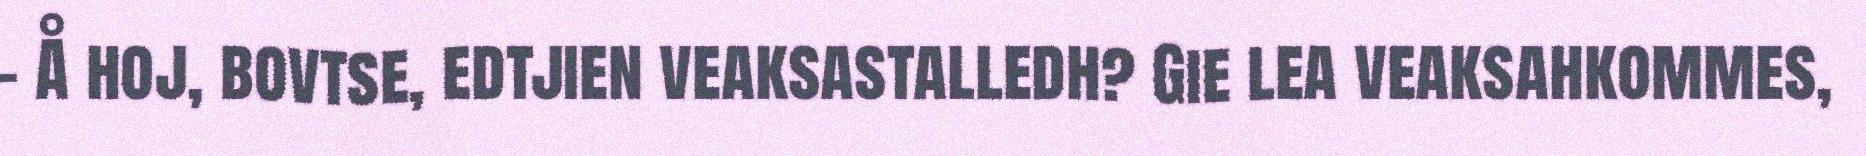
– Å hoj, bovtse, edtjien veaksastalledh? Gie lea veaksahkommes,